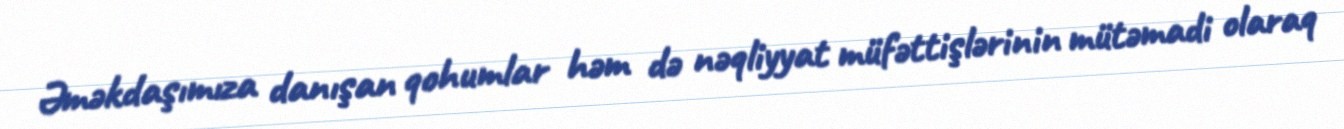
Əməkdaşımıza danışan qohumlar həm də nəqliyyat müfəttişlərinin mütəmadi olaraq